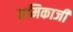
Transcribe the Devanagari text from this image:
कमिकाजी